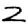
Digit: 2